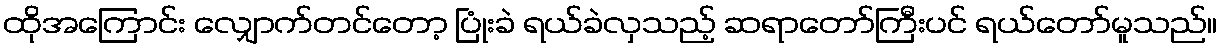
ထိုအကြောင်း လျှောက်တင်တော့ ပြုံးခဲ ရယ်ခဲလှသည့် ဆရာတော်ကြီးပင် ရယ်တော်မူသည်။